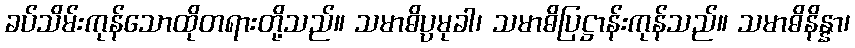
ခပ်သိမ်းကုန်သောထိုတရားတို့သည်။ သမာဓိပ္ပမုခါ၊ သမာဓိပြဋ္ဌာန်းကုန်သည်။ သမာဓိနိန္နာ၊